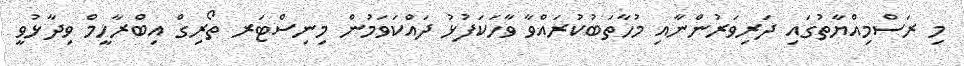
މި ރަސްމިއްޔާތުގައި ދަރިވަރުންނާއި މުހާތަބުކުރައްވާ ވާހަކަފުޅު ދައްކަވަމުން މިނިސްޓަރ ތޯރިގް އިބްރާހީމް ވިދާޅުވީ